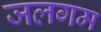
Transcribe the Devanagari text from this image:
जलगम